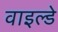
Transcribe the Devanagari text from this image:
वाइल्डे